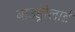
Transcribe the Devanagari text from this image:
बाउड्रीलार्ड